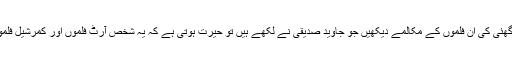
شیام بینگل کی فلم 'زبیدہ' کے مکالمے، یش چوپڑا اور سبھاش گھئی کی ان فلموں کے مکالمے دیکھیں جو جاوید صدیقی نے لکھے ہیں تو حیرت ہوتی ہے کہ یہ شخص آرٹ فلموں اور کمرشیل فلموں کے ڈائلاگ یکساں مہارت سے لکھنے پر قدرت رکھتا ہے۔